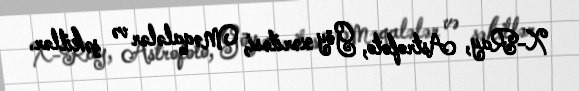
X-Ray, Astrofoto, Göy xəritəsi, Məqalələr və şəkillər.